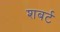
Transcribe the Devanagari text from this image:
शबर्ट